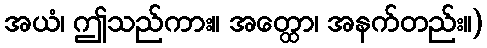
အယံ၊ ဤသည်ကား။ အတ္ထော၊ အနက်တည်း။)